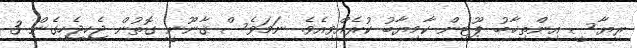
ރިޔާސީ އިންތިޚާބު ޕޫޓިން ކާމިޔާބު ކުރެއްވިއެވެ. ނަމަވެސް ޤާނޫނީ ގޮތުން ޖެހިޖެހިގެން 3